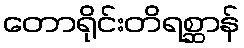
တောရိုင်းတိရစ္ဆာန်